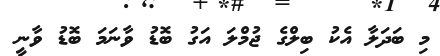
މި ބަދަލާ އެކު ބިލްގެ ޖުމްލަ އަގު ބޮޑު ވާނަމަ ބޮޑު ވާނީ